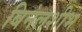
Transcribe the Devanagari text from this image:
बिनलशीभ